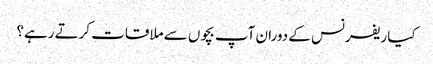
کیا ریفرنس کے دوران آپ بچوں سے ملاقات کرتے رہے؟